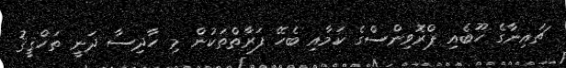
ޗައިނާގެ ހޫބެއި ޕްރޮވިންސްގެ ކަމާއި ބެހޭ ފަރާތްތަކުން މި ހާދިސާ ދަނީ ތަހްޤީޤު